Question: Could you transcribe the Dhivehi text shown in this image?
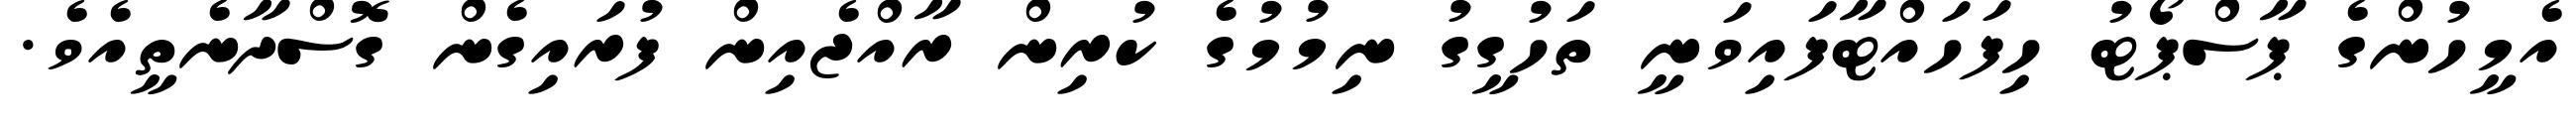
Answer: އެމީހުންގެ ޕާސްޕޯޓު ހިފަހައްޓާފައިވަނީ ތަހުގީގު ނިމުމުގެ ކުރިން ރާއްޖެއިން ފުރައިގެން ގޮސްދާނެތީއެވެ.